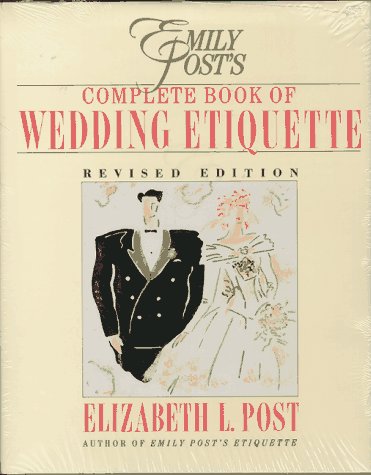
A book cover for Emily Post's Complete Book of Wedding Etiquette Including Planner: Emily Post's Wedding Planner; Elizabeth L. Post; Crafts, Hobbies & Home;